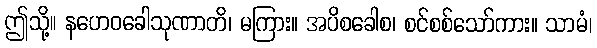
ဤသို့။ နဟေဝခေါသုဏာတိ၊ မကြား။ အပိစခေါစ၊ စင်စစ်သော်ကား။ သာမံ၊